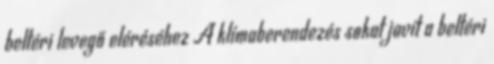
beltéri levegő eléréséhez A klímaberendezés sokat javít a beltéri